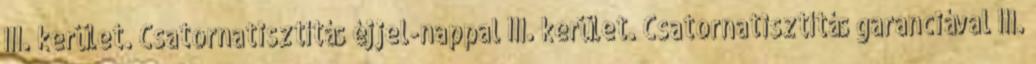
III. kerület. Csatornatisztítás éjjel-nappal III. kerület. Csatornatisztítás garanciával III.